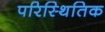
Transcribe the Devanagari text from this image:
परिस्थितिक